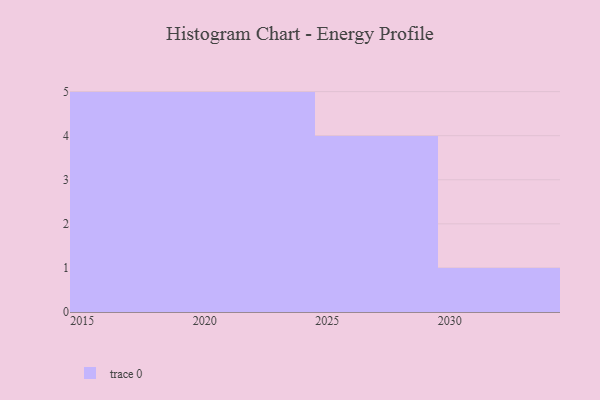
{"axis": {"x": "Year", "y": "Churn Rate (%)"}, "legend": [""], "data": [{"x": "2023", "y": 62, "type": ""}, {"x": "2021", "y": 4, "type": ""}, {"x": "2027", "y": 26, "type": ""}, {"x": "2015", "y": 23, "type": ""}, {"x": "2030", "y": 78, "type": ""}, {"x": "2020", "y": 37, "type": ""}, {"x": "2029", "y": 97, "type": ""}, {"x": "2018", "y": 41, "type": ""}, {"x": "2026", "y": 50, "type": ""}, {"x": "2016", "y": 34, "type": ""}, {"x": "2017", "y": 62, "type": ""}, {"x": "2028", "y": 19, "type": ""}, {"x": "2022", "y": 82, "type": ""}, {"x": "2024", "y": 35, "type": ""}, {"x": "2019", "y": 24, "type": ""}]}